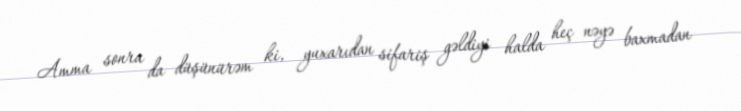
Amma sonra da düşünürəm ki, yuxarıdan sifariş gəldiyi halda heç nəyə baxmadan